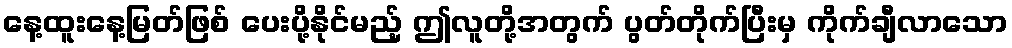
နေ့ထူးနေ့မြတ်ဖြစ် ပေးပို့နိုင်မည့် ဤလူတို့အတွက် ပွတ်တိုက်ပြီးမှ ကိုက်ချီလာသော